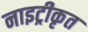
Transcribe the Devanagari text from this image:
नाइट्रीकृत